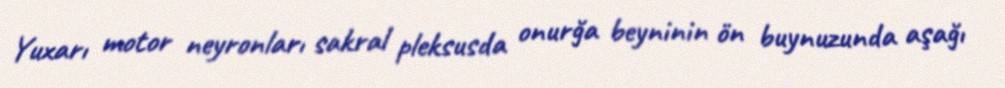
Yuxarı motor neyronları sakral pleksusda onurğa beyninin ön buynuzunda aşağı